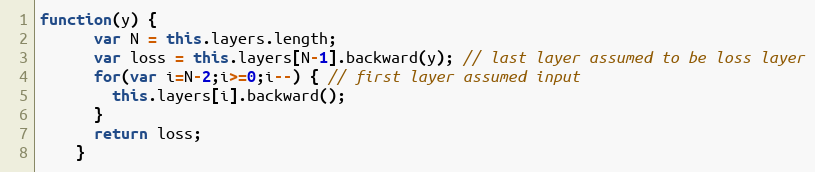
Language: JavaScript
function(y) {
      var N = this.layers.length;
      var loss = this.layers[N-1].backward(y); // last layer assumed to be loss layer
      for(var i=N-2;i>=0;i--) { // first layer assumed input
        this.layers[i].backward();
      }
      return loss;
    }